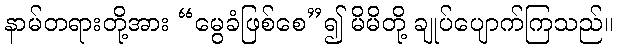
နာမ်တရားတို့အား “မွေခံဖြစ်စေ”၍ မိမိတို့ ချုပ်ပျောက်ကြသည်။